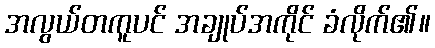
အလွယ်တကူပင် အချုပ်အကိုင် ခံလိုက်၏။